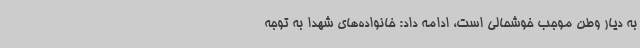
به دیار وطن موجب خوشحالی است، ادامه داد: خانواده‌های شهدا به توجه